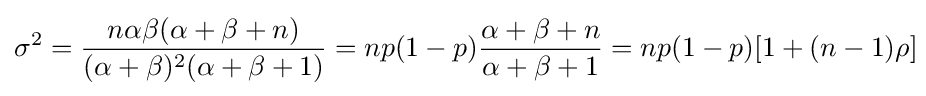
\sigma ^{2}={\frac {n\alpha \beta (\alpha +\beta +n)}{(\alpha +\beta )^{2}(\alpha +\beta +1)}}=np(1-p){\frac {\alpha +\beta +n}{\alpha +\beta +1}}=np(1-p)[1+(n-1)\rho ]\!